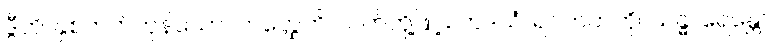
ဒွီဟိ၊ နှစ်ဘက်ကုန်သော။ ဟတ္ထေဟိ၊ လက်တို့ဖြင့်။ ဟဒယံ၊ ရင်ဘတ်ကို။ သန္ဓာရေန္တော၊